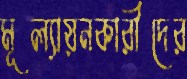
মূল্যায়নকারীদের